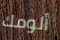
ألومك